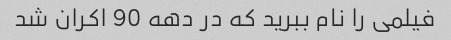
فیلمی را نام ببرید که در دهه 90 اکران شد